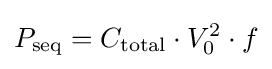
P_{\text{seq}}=C_{\text{total}}\cdot V_{0}^{2}\cdot f